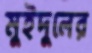
মুইদুলের